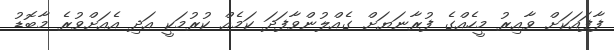
ފާފައަކަށް ވާއިރު މީހެއްގެ ފުރާނަޔަށް ގެއްލުންވާފަދަ ކަމެއް ކުރުމަކީ އަދި އެއަށްވުރެ މާބޮޑު